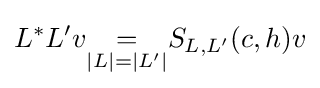
L^{*}L'v{\underset {|L|=|L'|}{=}}S_{L,L'}(c,h)v